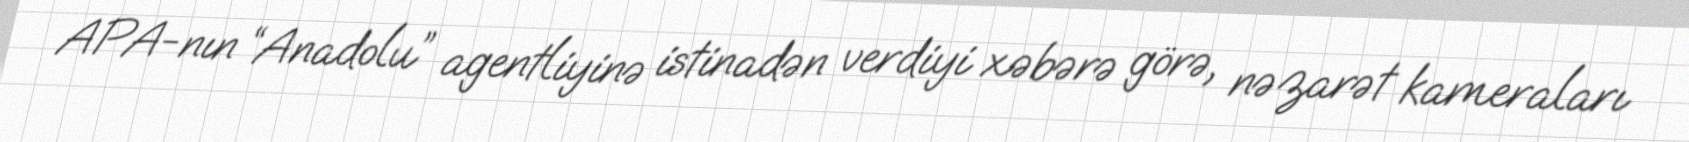
APA-nın “Anadolu” agentliyinə istinadən verdiyi xəbərə görə, nəzarət kameraları